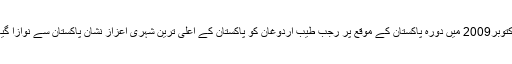
اکتوبر2009 میں دورہ پاکستان کے موقع پر رجب طیب اردوغان کو پاکستان کے اعلی ترین شہری اعزاز نشان پاکستان سے نوازا گیا۔